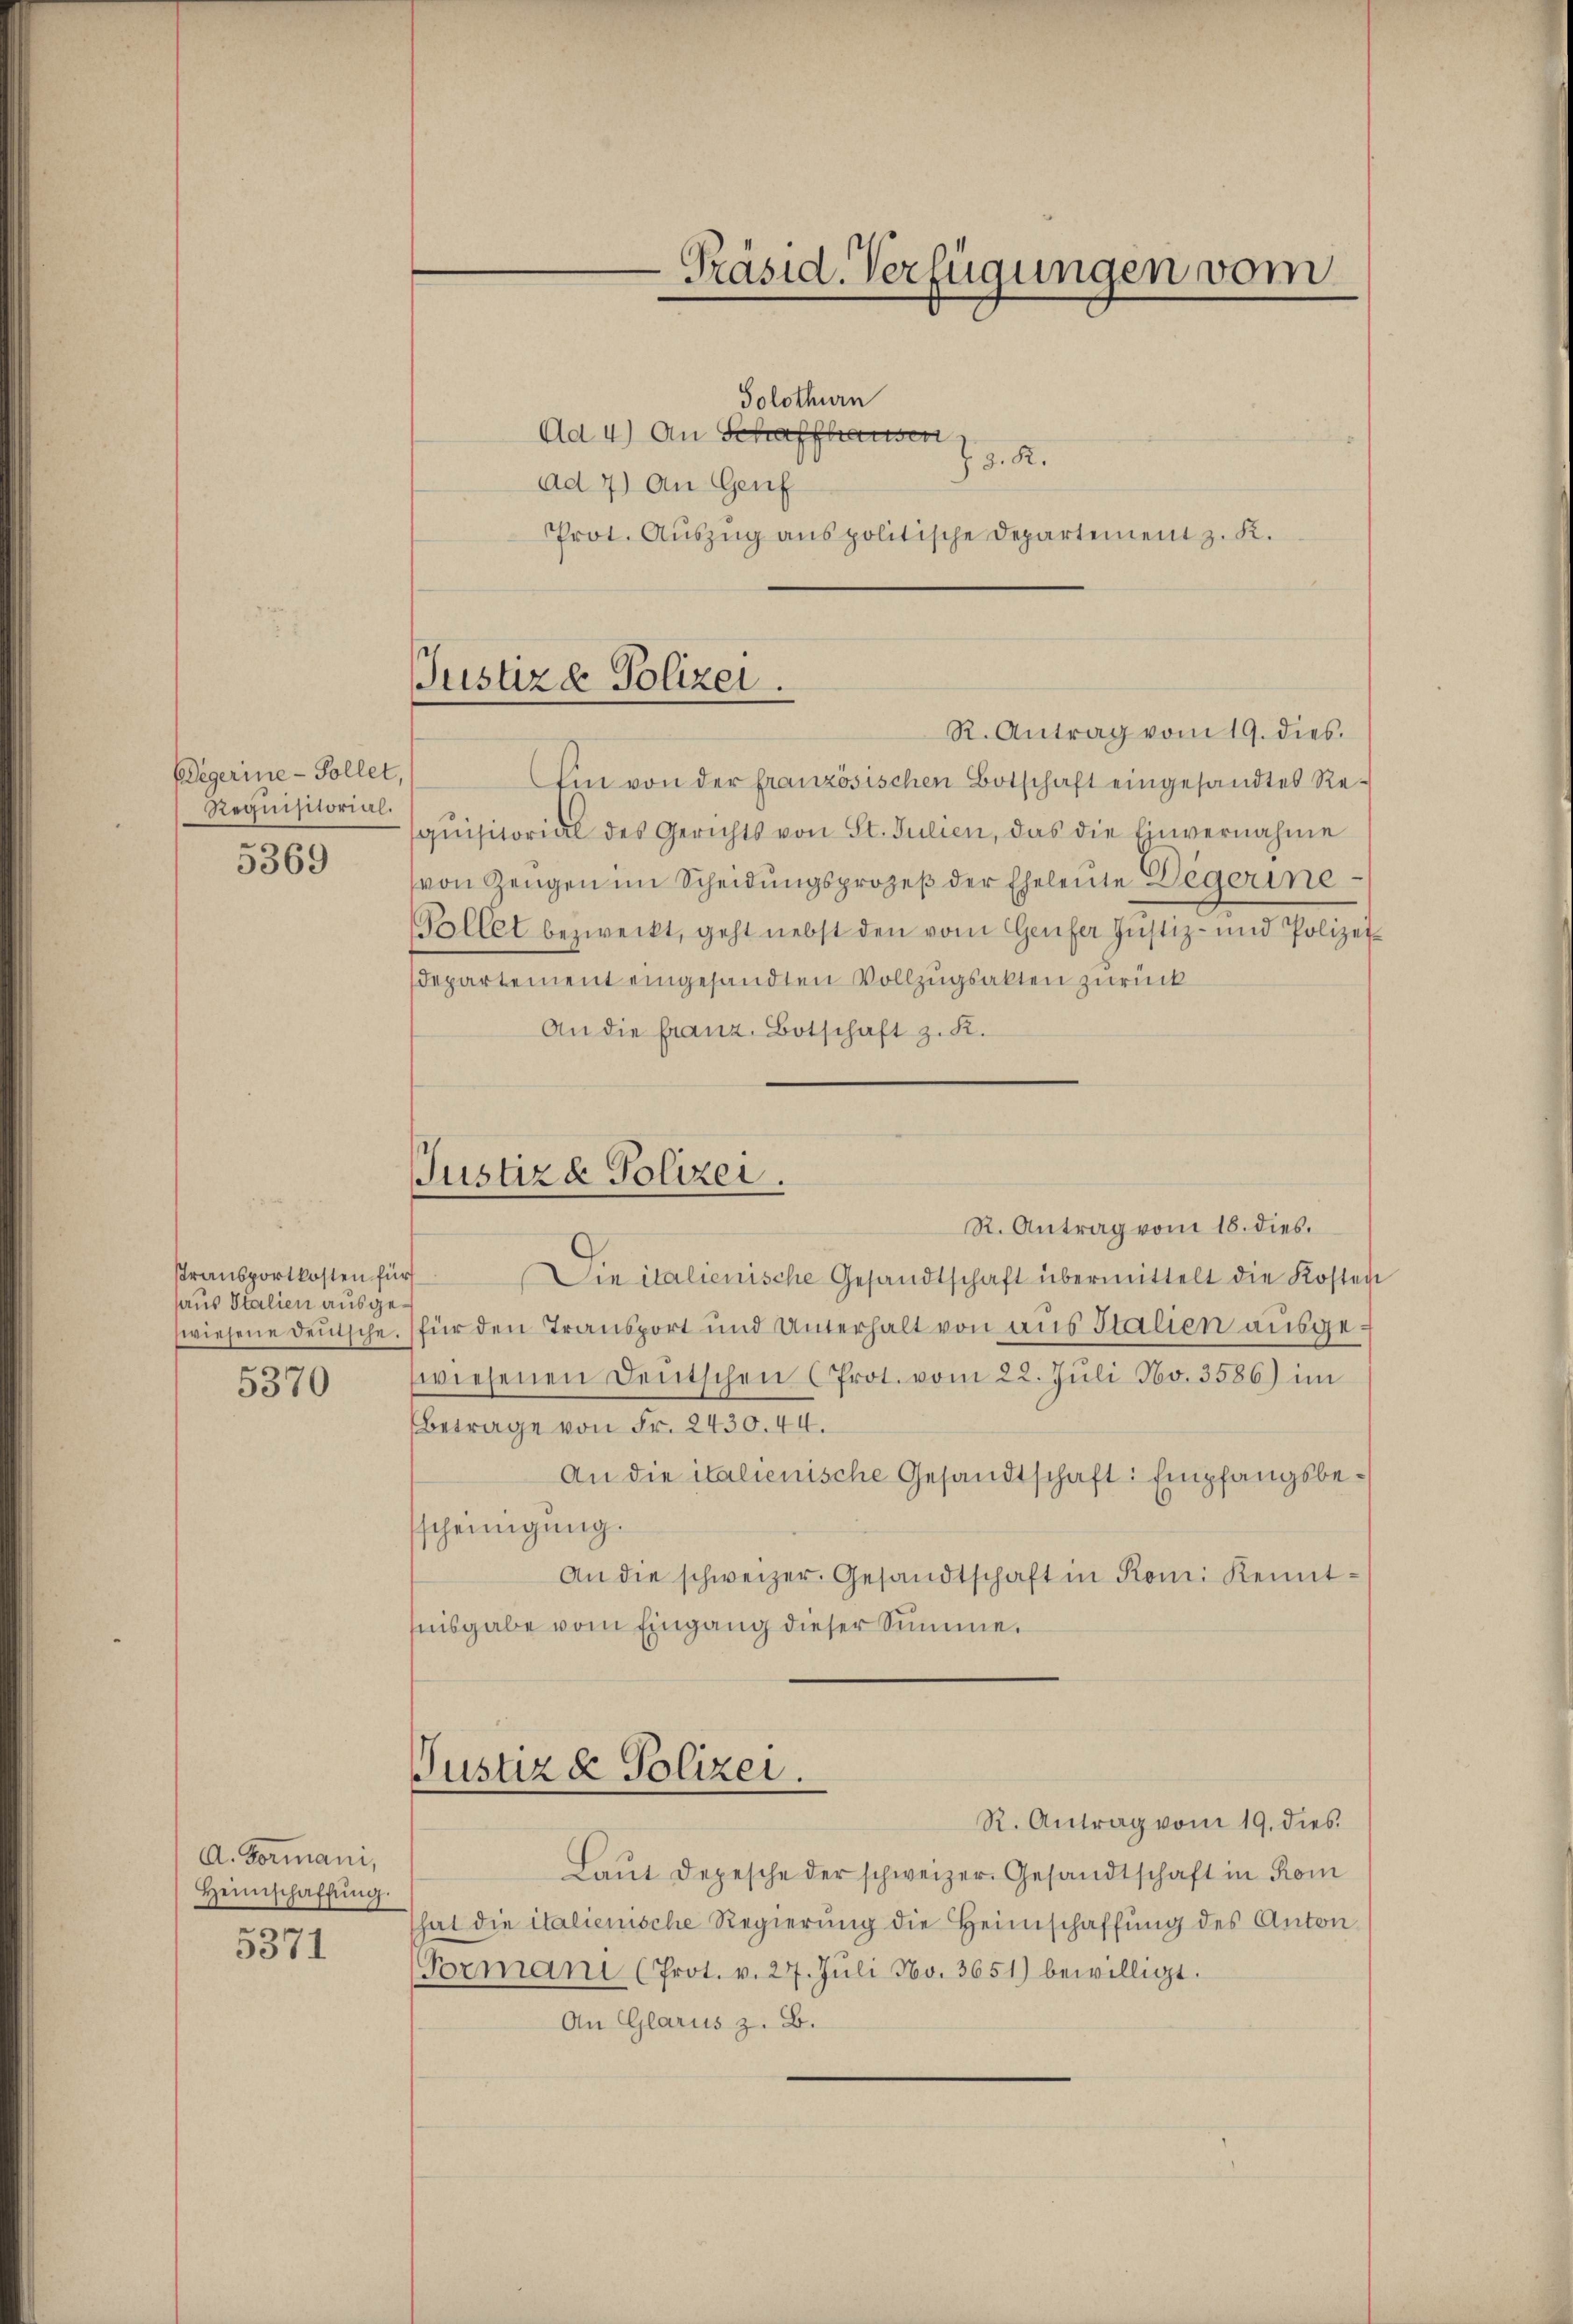
Begerine-Sollet,
Requisitorial.

5369

stransportkosten für
haus Italien ausge¬

5370

A. Formani,
Heimschaffŭng.

5371

-Präsid. Verfügungen vom
Solothurn
Ad 4) An Schaffhausen
. d. R.
ad 7) An Genf
Prot. Aŭszŭg anspolitische Departement z. K.

Justiz & Polizei.
R. Antrag vom 19. dies

Ein von der französischen Botschaft eingesandtes Requisitorial des Gerichts von St. Julien, das die Einvernahme
von Zeŭgen im Scheidŭngsprozeβ der Eheleute Degerine
Pollet bezweckt, geht nebst den vom Genfer Justiz- und Polizei-
Departement eingesandten Vollzugsakten zurück
An die franz. Botschaft z. K.
R. Antrag vom 18. dies.
Die italienische Gesandtschaft übermittelt die Kosten
wiesene Deutsche für den Transport und Unterhalt von aus Italien ausgewiesenen Deutschen (Prot. vom 22. Jŭli No. 3586) im
Betrage von Fr. 2430. 44.
An die italienische Gesandtschaft: Empfangsbesscheinigung.
An die schweizer. Gesandtschaft in Rom. Kenntnisgabe vom Eingang dieser Summe.
Justiz & Polizei.
R. Antrag vom 19. dies
Laut Depesche der schweizer. Gesandtschaft in Kom
hat die italienische Regierŭng die Heimschaffŭng des Anton
Formani (Prot. v. 27. Jŭli No. 3651) bewilligt.
An Glarus z. B.

Justizd Polizei.